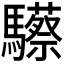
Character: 𩧇